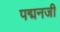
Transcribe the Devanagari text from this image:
पद्मनजी